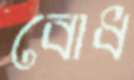
বোধ